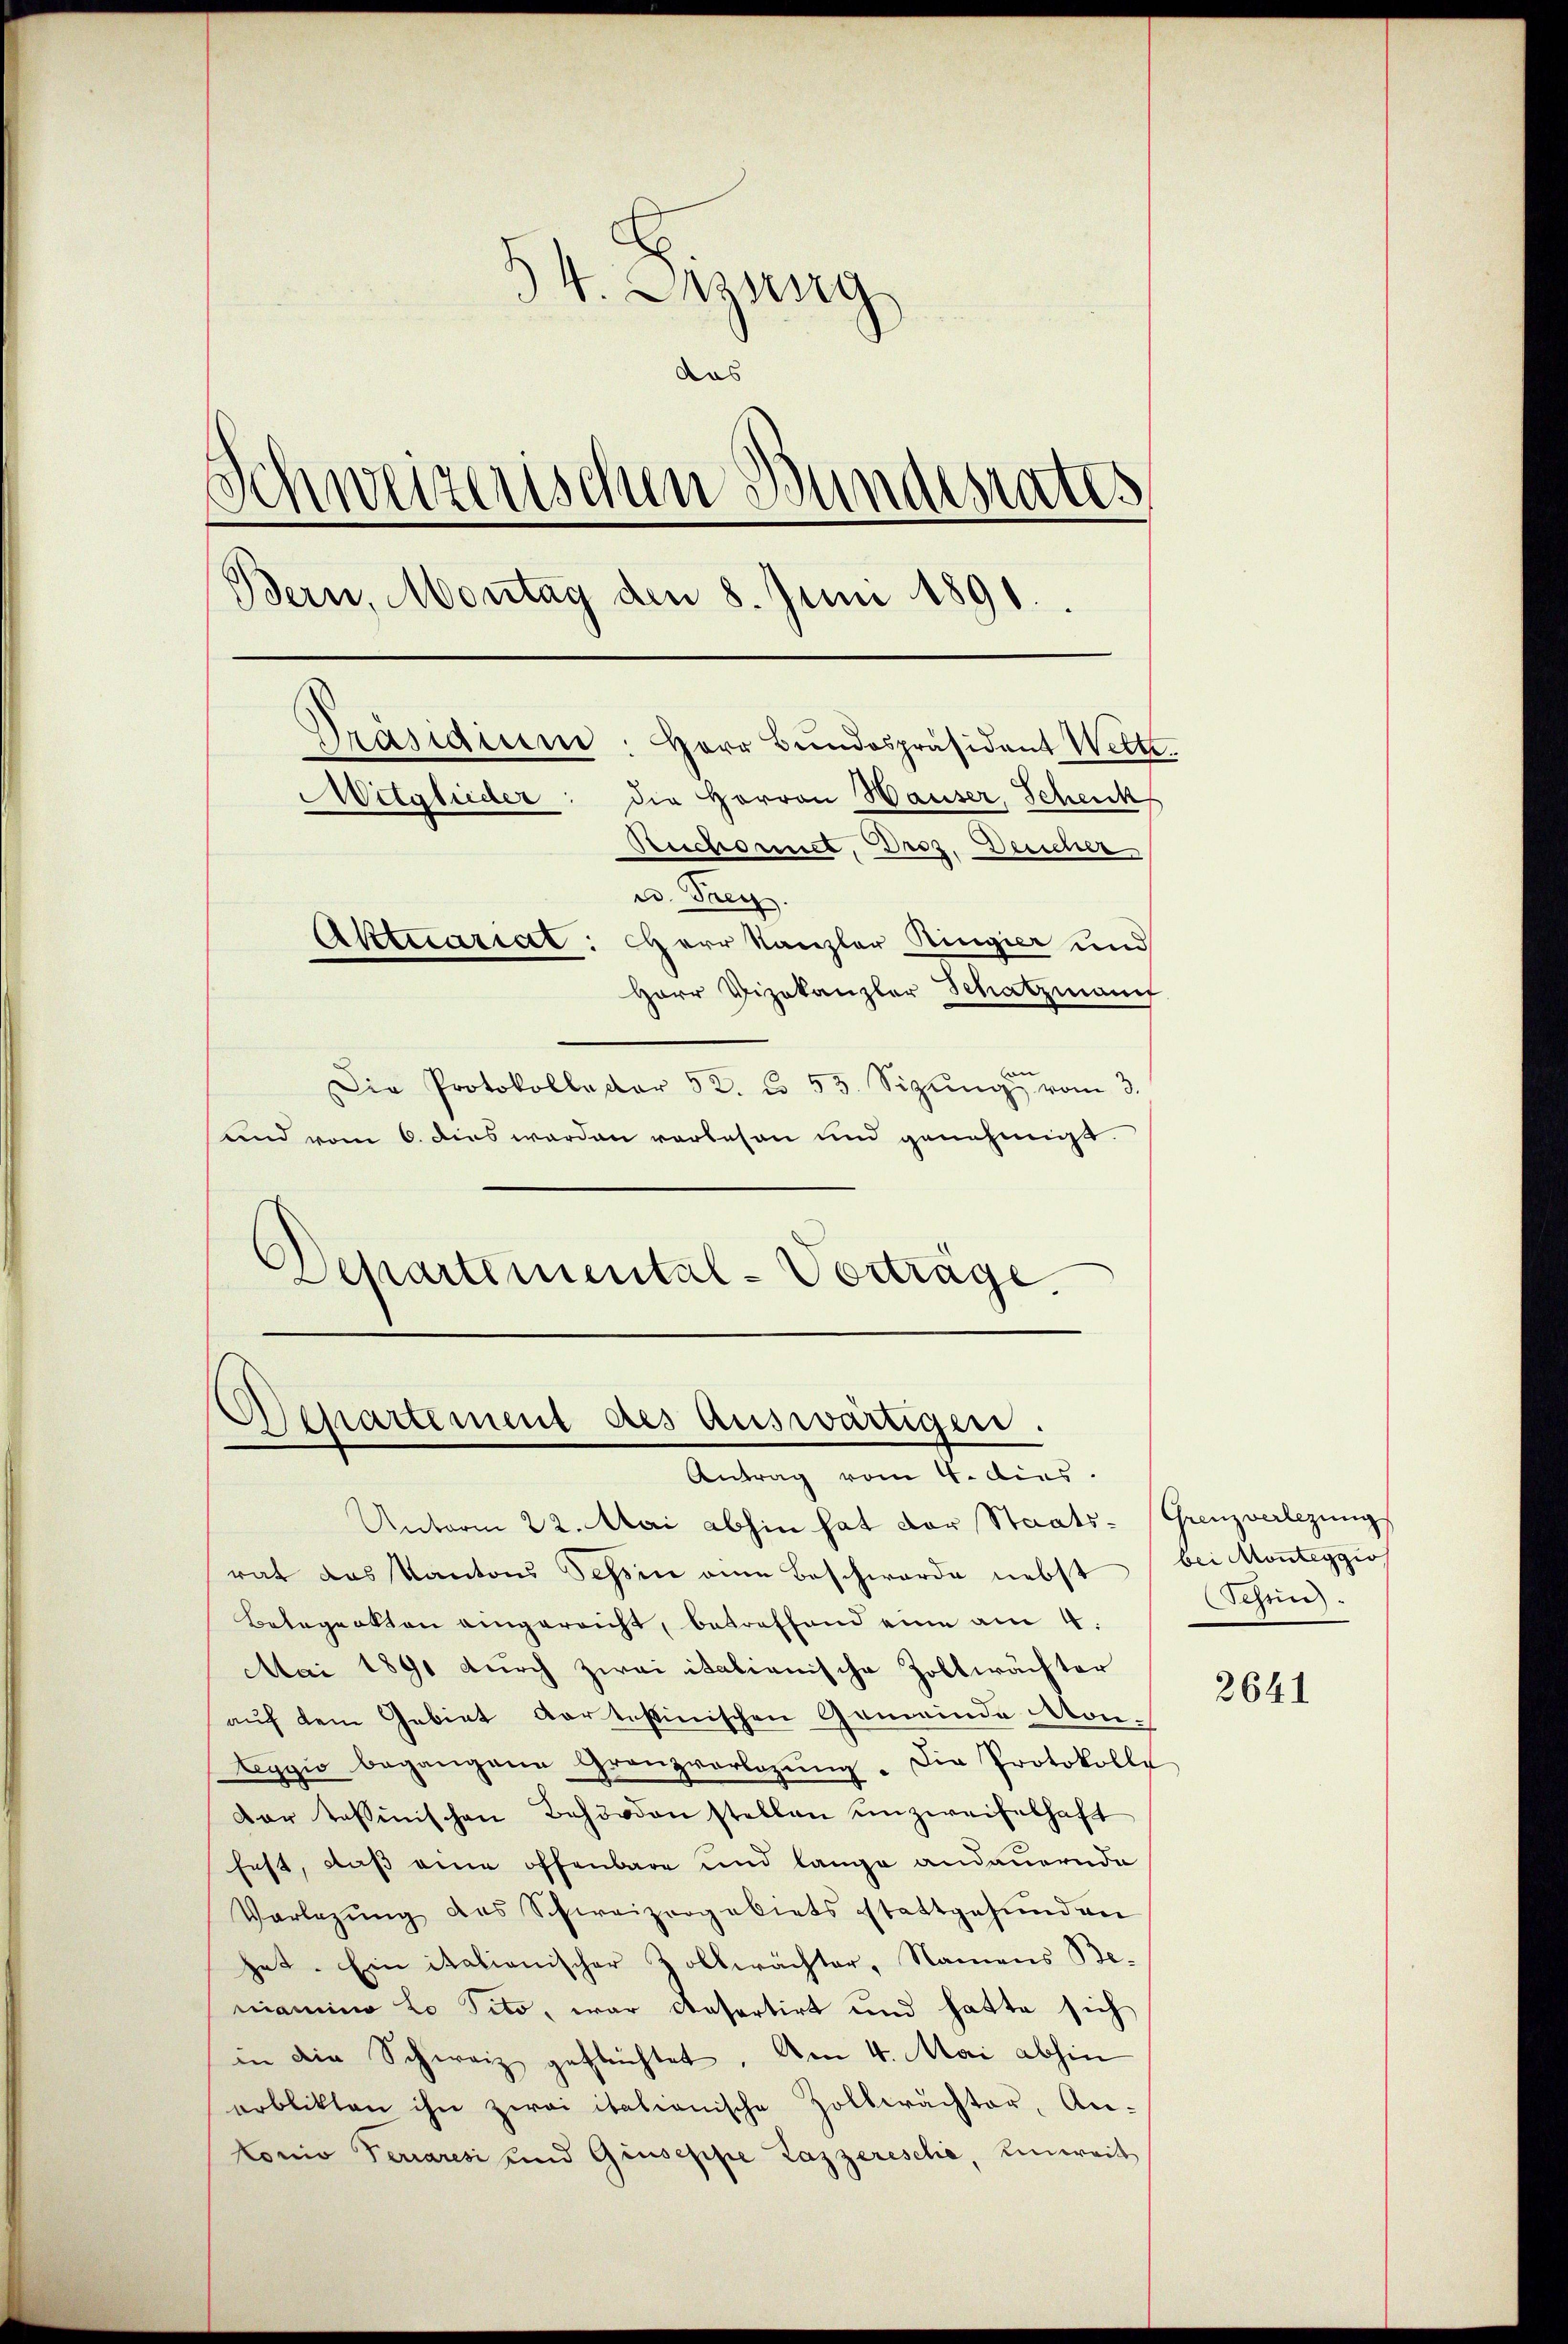
34. Dezung
das
Schweizerischen Bundesrates
Bern, Montag den 8. Juni 1890.
Präsidium: Herr Bundespräsident Wette.
Mitglieder: die Herren Hauser, Schenk
Reichnet, Droz. Deucher
u. Frey.
Aktuariat: Herr Kanzler Ringier und
Herr Vizekanzler Schatzmann
Die Protokolladar 52. 55 Sizŭng vom 3.

und vom 6. dies werden vorlesen und genehmigt.
Departimental-Vorträge.

Departement des auswärtigen.
Antrag vom 4. dies

Unterm 22. Mai abhin hat der Staats-Grenzverlegung
rat das Kantons Tessin eine Beschwerde nebst bei Monteggio
Betageakten eingereicht, betreffend eine am 4.
Mai 1891 durch zwei italienische Zollwächter
auf dem Gebiet Aartestinischen Gemeinde Monleggio begangene Granzvorlegŭng. Die Protokolle
dar tessinischen Behörden stellen unzweifelhaft
fest, daß eine offenbare und lange andauernde
Vorlegŭng des Schweizergebiets stattgefŭnden
hat. Ein italienischer Zollwächter, Namens Be-
niamino Lo Tito, war Kasertirt und hatte sich
in die Schweiz geflüchtet. Am 4. Mai abhin
erblikten ihn zwai italienische Zollwachter, An-
konio Feriaresi und Giuseppe Lazzerische, einweit

Schein

2641